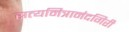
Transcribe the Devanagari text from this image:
सत्यमित्रानंदगिरी